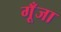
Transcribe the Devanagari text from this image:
गूँजा